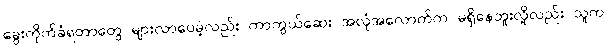
ခွေးကိုက်ခံရတာတွေ များလာပေမဲ့လည်း ကာကွယ်ဆေး အလုံအလောက်က မရှိနေဘူးလို့လည်း သူက